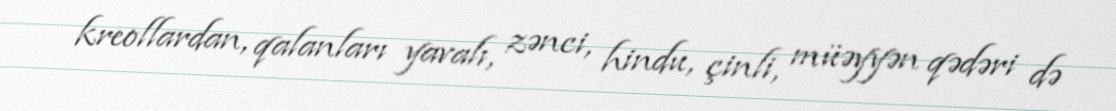
kreollardan, qalanları yavalı, zənci, hindu, çinli, müəyyən qədəri də